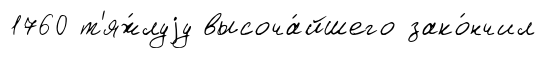
1760 т'яж́луjу высоча́йшего зако́нчил